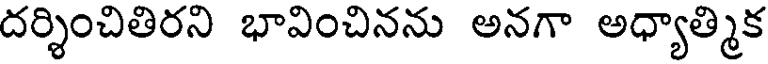
దర్శించితిరని భావించినను అనగా అధ్యాత్మిక